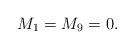
LaTeX: \begin{align*}M_1=M_9=0.\end{align*}